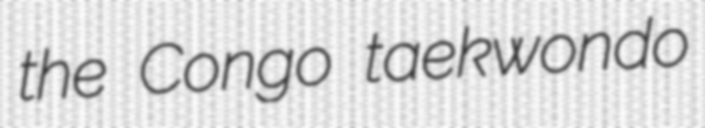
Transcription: the Congo taekwondo